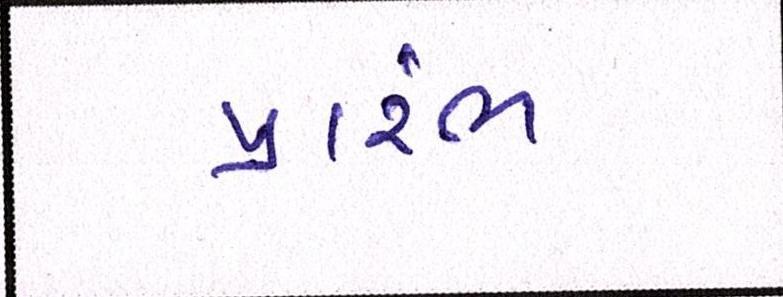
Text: પ્રારંભ